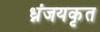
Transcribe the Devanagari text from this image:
ध्नंजयकृत